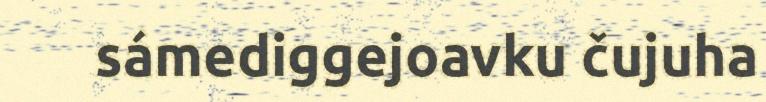
sámediggejoavku čujuha